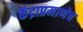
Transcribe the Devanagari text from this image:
केंद्राप्रमाणेच